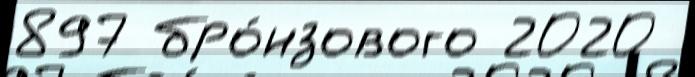
897 бро́нзового 2020